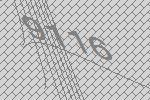
9116